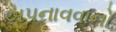
અપનાવવાનો